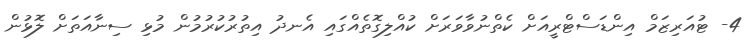
4- ޓުއަރިޒަމް އިންޑަސްޓްރީއަށް ކެތްނުވާވަރަށް ކުއްލިގޮތެއްގައި އެނދު އިތުރުކުރުމުން މުޅި ސިނާއަތަށް ލޮޅުން